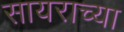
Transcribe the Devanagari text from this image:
सायराच्या